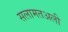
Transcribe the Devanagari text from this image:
सलामतअली